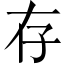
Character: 存